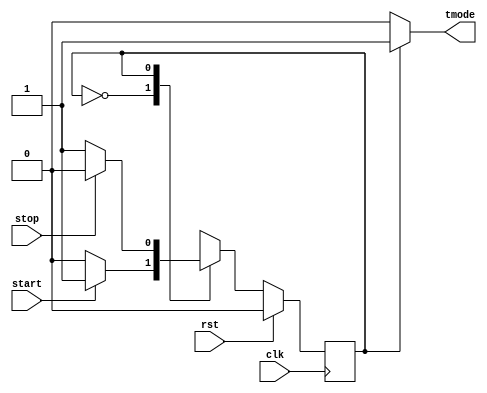

//BIST CONTROLLER:
module BIST_controller (
  input wire start, rst, clk, stop,
  output wire tmode
);

parameter reset = 1'b 0, test = 1'b 1;

reg current = reset;
always @ (posedge clk) begin
  if (rst)
    current <= reset;
  else
  case(current)
    reset: if (start)
      current <= test;
      else
      current <= reset;
    test: if (stop)
      current <= reset;
      else
      current <= test;
  default:
    current <= reset;
  endcase
end

assign tmode = (current == test) ? 1'b 1 : 1'b 0;

endmodule